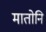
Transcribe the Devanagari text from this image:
मातोनि